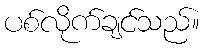
ပစ်လိုက်ချင်သည်။